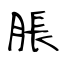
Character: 脹